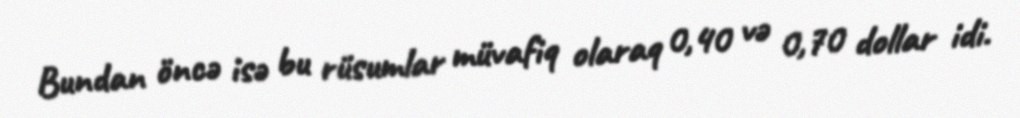
Bundan öncə isə bu rüsumlar müvafiq olaraq 0,40 və 0,70 dollar idi.